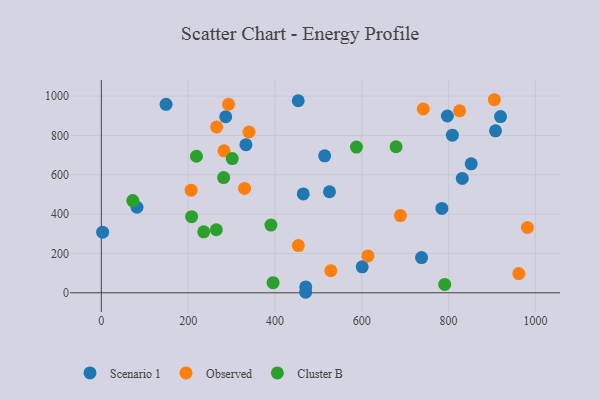
{"axis": {"x": "Investment", "y": "Fuel Efficiency"}, "legend": ["Cluster B", "Observed", "Scenario 1"], "data": [{"x": "149.1", "y": 958.4, "type": "Scenario 1"}, {"x": "82.2", "y": 435.0, "type": "Scenario 1"}, {"x": "737.7", "y": 179.0, "type": "Scenario 1"}, {"x": "3.0", "y": 308.4, "type": "Scenario 1"}, {"x": "333.1", "y": 753.0, "type": "Scenario 1"}, {"x": "797.2", "y": 898.9, "type": "Scenario 1"}, {"x": "470.7", "y": 2.6, "type": "Scenario 1"}, {"x": "525.6", "y": 513.7, "type": "Scenario 1"}, {"x": "852.1", "y": 655.7, "type": "Scenario 1"}, {"x": "514.5", "y": 696.2, "type": "Scenario 1"}, {"x": "784.5", "y": 429.1, "type": "Scenario 1"}, {"x": "919.7", "y": 895.7, "type": "Scenario 1"}, {"x": "601.0", "y": 132.1, "type": "Scenario 1"}, {"x": "831.5", "y": 581.4, "type": "Scenario 1"}, {"x": "286.6", "y": 895.1, "type": "Scenario 1"}, {"x": "808.7", "y": 801.4, "type": "Scenario 1"}, {"x": "453.6", "y": 976.5, "type": "Scenario 1"}, {"x": "465.2", "y": 502.5, "type": "Scenario 1"}, {"x": "470.9", "y": 29.8, "type": "Scenario 1"}, {"x": "908.1", "y": 823.5, "type": "Scenario 1"}, {"x": "293.0", "y": 958.4, "type": "Observed"}, {"x": "453.7", "y": 240.1, "type": "Observed"}, {"x": "961.7", "y": 97.7, "type": "Observed"}, {"x": "981.5", "y": 331.9, "type": "Observed"}, {"x": "825.4", "y": 925.0, "type": "Observed"}, {"x": "206.9", "y": 521.5, "type": "Observed"}, {"x": "741.7", "y": 934.4, "type": "Observed"}, {"x": "689.0", "y": 392.7, "type": "Observed"}, {"x": "528.7", "y": 112.3, "type": "Observed"}, {"x": "340.1", "y": 817.4, "type": "Observed"}, {"x": "905.4", "y": 981.6, "type": "Observed"}, {"x": "265.6", "y": 843.3, "type": "Observed"}, {"x": "614.2", "y": 187.3, "type": "Observed"}, {"x": "329.9", "y": 530.6, "type": "Observed"}, {"x": "282.7", "y": 721.6, "type": "Observed"}, {"x": "301.6", "y": 682.6, "type": "Cluster B"}, {"x": "281.8", "y": 585.6, "type": "Cluster B"}, {"x": "208.0", "y": 387.2, "type": "Cluster B"}, {"x": "679.0", "y": 742.6, "type": "Cluster B"}, {"x": "390.7", "y": 344.1, "type": "Cluster B"}, {"x": "235.9", "y": 310.1, "type": "Cluster B"}, {"x": "72.5", "y": 469.0, "type": "Cluster B"}, {"x": "219.2", "y": 694.3, "type": "Cluster B"}, {"x": "264.9", "y": 320.5, "type": "Cluster B"}, {"x": "587.7", "y": 740.7, "type": "Cluster B"}, {"x": "791.1", "y": 42.5, "type": "Cluster B"}, {"x": "395.7", "y": 51.6, "type": "Cluster B"}]}